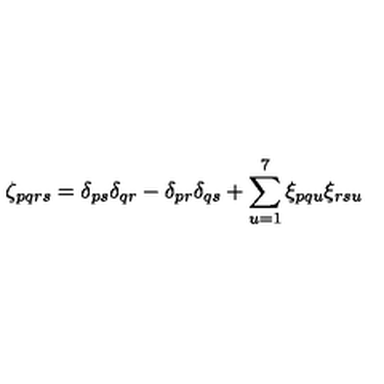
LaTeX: \zeta _ { p q r s } = \delta _ { p s } \delta _ { q r } - \delta _ { p r } \delta _ { q s } + \sum _ { u = 1 } ^ { 7 } \xi _ { p q u } \xi _ { r s u }